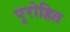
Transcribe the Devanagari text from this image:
पुरोहित